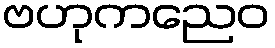
ဗဟုကညေဝ